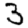
Digit: 3